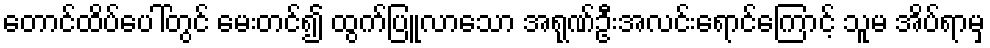
တောင်ထိပ်ပေါ်တွင် မေးတင်၍ ထွက်ပြူလာသော အရုဏ်ဦးအလင်းရောင်ကြောင့် သူမ အိပ်ရာမှ